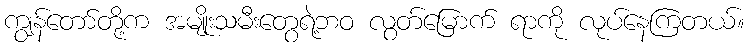
ကျွန်တော်တို့က အမျိုးသမီးတွေရဲ့ဘဝ လွတ်မြောက် ရာကို လုပ်နေကြတယ်။